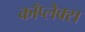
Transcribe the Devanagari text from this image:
काँप्लेक्स